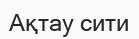
Ақтау сити